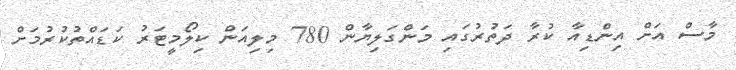
މާސް އަށް އިންޑިއާ ކުރާ ދަތުރުގައި މަންގަލިޔާން 780 މިލިއަން ކިލޯމީޓަރު ކަޑައްތުކުރުމަށް